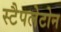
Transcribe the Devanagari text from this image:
स्टैपलेटोन